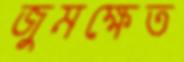
জুমক্ষেত